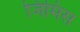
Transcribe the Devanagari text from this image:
जिमिस